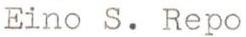
Eino S. Repo